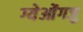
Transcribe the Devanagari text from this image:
ग्येओंगजु